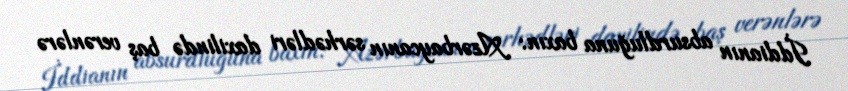
İddianın absurdluğuna baxın: Azərbaycanın sərhədləri daxilində baş verənlərə